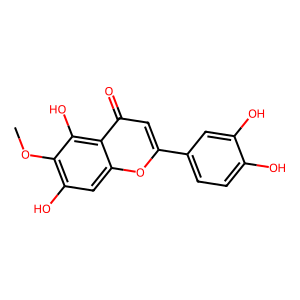
SMILES: COc1c(O)cc2oc(-c3ccc(O)c(O)c3)cc(=O)c2c1O
Inhibits HIV replication: No